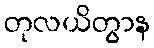
တုလယိတွာန